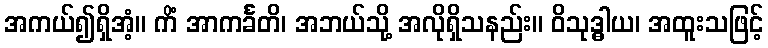
အကယ်၍ရှိအံ့။ ကိံ အာကင်္ခတိ၊ အဘယ်သို့ အလိုရှိသနည်း။ ဝိသုဒ္ဓါယ၊ အထူးသဖြင့်